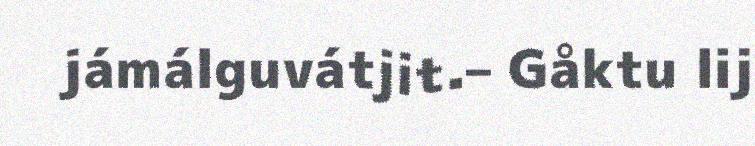
jámálguvátjit.– Gåktu lij